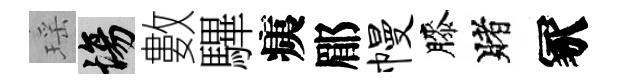
瑶場數驆痍郿幔膝賭冢